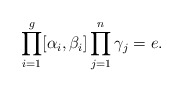
\begin{align*}\prod_{i=1}^g[\alpha_i,\beta_i]\prod_{j=1}^n\gamma_j=e.\end{align*}